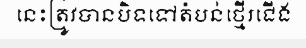
នេះត្រូវបានបិទទៅតំបន់ថ្មើរជើង